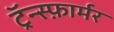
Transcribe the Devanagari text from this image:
ट्रॅन्स्फ़ार्मर